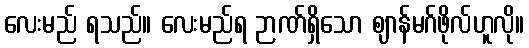
လေးမည် ရသည်။ လေးမည်ရ ဉာဏ်ရှိသော ဈာန်မဂ်ဖိုလ်ဟူလို။